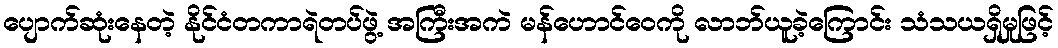
ပျောက်ဆုံးနေတဲ့ နိုင်ငံတကာရဲတပ်ဖွဲ့ အကြီးအကဲ မန်ဟောင်ဝေကို လာဘ်ယူခဲ့ကြောင်း သံသယရှိမှုဖြင့်